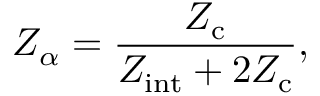
Z _ { \alpha } = \frac { Z _ { \mathrm { c } } } { Z _ { \mathrm { i n t } } + 2 Z _ { \mathrm { c } } } ,